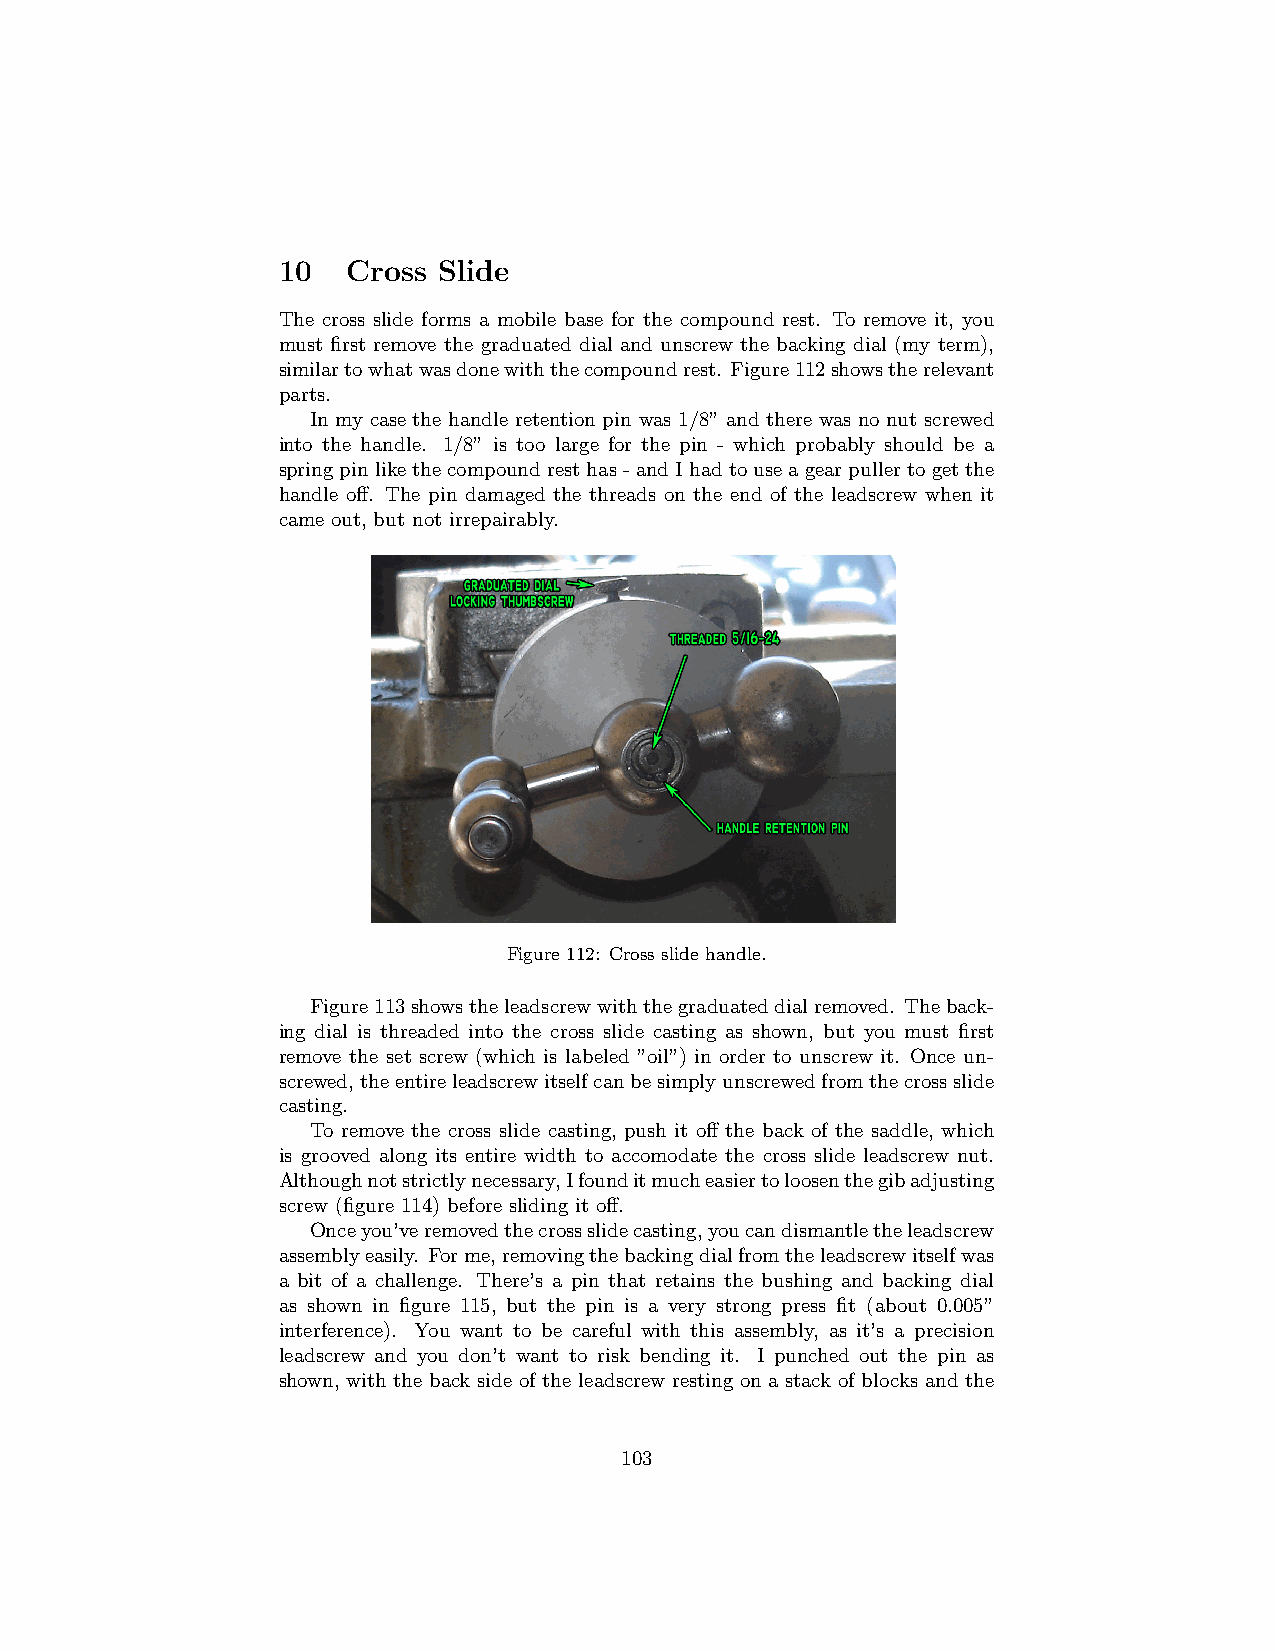
10   Cross Slide
 The cross slide forms a mobile base for the compound rest. To remove it, you
 must first remove the graduated dial and unscrew the backing dial (my term),
 similartowhatwasdonewiththecompoundrest. Figure112showstherelevant
 parts.
 In my case the handle retention pin was 1/8” and there was no nut screwed
 into the handle. 1/8” is too large for the pin - which probably should be a
 springpinlikethecompoundresthas-andIhadtouseagearpullertogetthe
 handle off. The pin damaged the threads on the end of the leadscrew when it
 came out, but not irrepairably.
 Figure 112: Cross slide handle.
 Figure113showstheleadscrewwiththegraduateddialremoved. Theback-
 ing dial is threaded into the cross slide casting as shown, but you must first
 remove the set screw (which is labeled ”oil”) in order to unscrew it. Once un-
 screwed,theentireleadscrewitselfcanbesimplyunscrewedfromthecrossslide
 casting.
 To remove the cross slide casting, push it off the back of the saddle, which
 is grooved along its entire width to accomodate the cross slide leadscrew nut.
 Althoughnotstrictlynecessary,Ifounditmucheasiertoloosenthegibadjusting
 screw (figure 114) before sliding it off.
 Onceyou’veremovedthecrossslidecasting,youcandismantletheleadscrew
 assemblyeasily. Forme,removingthebackingdialfromtheleadscrewitselfwas
 a bit of a challenge. There’s a pin that retains the bushing and backing dial
 as shown in figure 115, but the pin is a very strong press fit (about 0.005”
 interference). You want to be careful with this assembly, as it’s a precision
 leadscrew and you don’t want to risk bending it. I punched out the pin as
 shown, with the back side of the leadscrew resting on a stack of blocks and the
 103